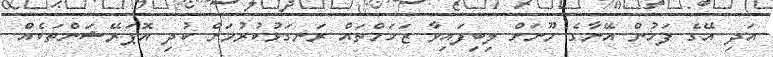
އަދި އޭގެ ފަހުން އޭނާގެ މޫނަށް ލިބިފައިވާ ޒަހަމްތައް ރަނގަޅުކުރުމަށް ކުދި އޮޕަރޭޝަންތަކެއް